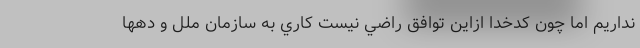
نداريم اما چون كدخدا ازاين توافق راضي نيست كاري به سازمان ملل و دهها